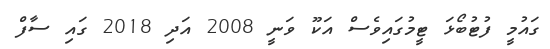
ގައުމީ ފުޓުބޯޅަ ޓީމުގައިވެސް އަކޫ ވަނީ 2008 އަދި 2018 ގައި ސާފް